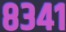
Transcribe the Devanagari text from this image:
८३४१